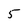
Character: 5